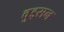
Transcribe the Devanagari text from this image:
वुड्सन